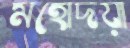
মহোদয়া